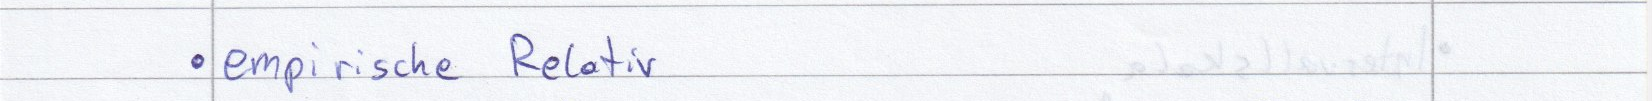
empirische Relativ